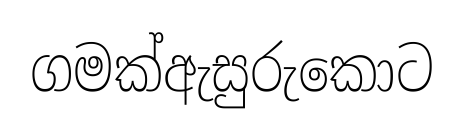
ගමක්ඇසුරුකොට